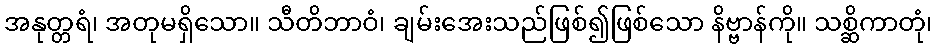
အနုတ္တရံ၊ အတုမရှိသော။ သီတိဘာဝံ၊ ချမ်းအေးသည်ဖြစ်၍ဖြစ်သော နိဗ္ဗာန်ကို။ သစ္ဆိကာတုံ၊